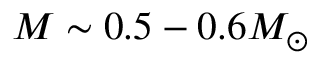
M \sim 0 . 5 - 0 . 6 M _ { \odot }